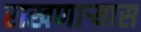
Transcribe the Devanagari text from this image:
राखणाऱ्यास